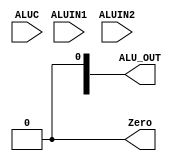
module ALU(ALUIN1, ALUIN2, ALUC, ALU_OUT, Zero);
    input [31:0] ALUIN1;
    input [31:0] ALUIN2;
    input [3:0] ALUC;
    output Zero;
    output reg [31:0] ALU_OUT;


    always @(*) begin
        
    end

    assign Zero = 0;
    
endmodule